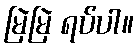
မြဲမြဲ ရပ်ပါ။